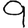
Digit: 9